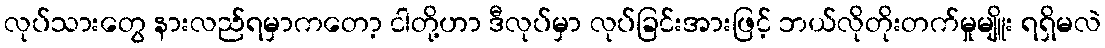
လုပ်သားတွေ နားလည်ရမှာကတော့ ငါတို့ဟာ ဒီလုပ်မှာ လုပ်ခြင်းအားဖြင့် ဘယ်လိုတိုးတက်မှုမျိူး ရရှိမလဲ